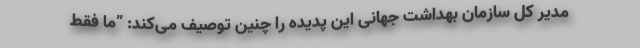
مدیر کل سازمان بهداشت جهانی این پدیده را چنین توصیف می‌کند: ”ما فقط